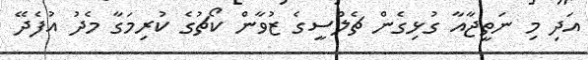
އަދި މި ނަތީޖާއާ ގުޅިގެން ޗެލްސީގެ ޒުވާން ކޯޗުގެ ކުރިމަގާ މެދު އުފެދޭ